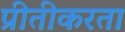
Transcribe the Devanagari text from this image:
प्रीतीकरता